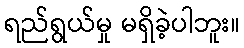
ရည်ရွယ်မှု မရှိခဲ့ပါဘူး။